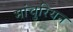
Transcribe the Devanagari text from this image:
मांचुरियन